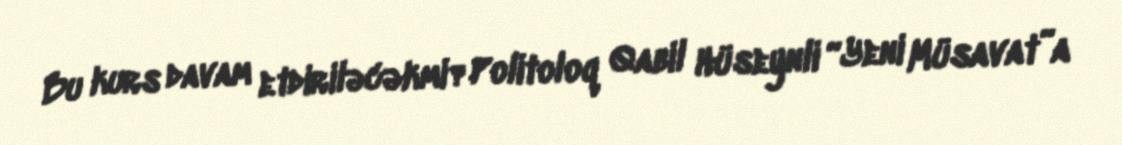
Bu kurs davam etdiriləcəkmi?Politoloq Qabil Hüseynli “Yeni Müsavat”a